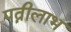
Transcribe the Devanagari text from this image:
पत्नीलाभ